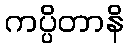
ကပ္ပိတာနိ